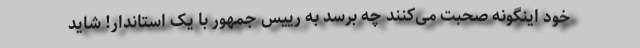
خود اینگونه صحبت می‌کنند چه برسد به رییس جمهور با یک استاندار! شاید